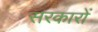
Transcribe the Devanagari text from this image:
सरकाराें